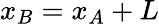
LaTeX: x_{B}=x_{A}+L